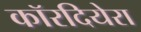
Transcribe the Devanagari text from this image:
कॉरदियेरा